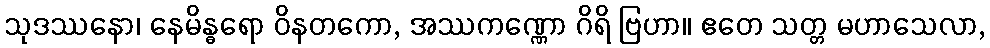
သုဒဿနော၊ နေမိန္ဓရော ဝိနတကော, အဿကဏ္ဏော ဂိရိ ဗြဟာ။ ဧတေ သတ္တ မဟာသေလာ,